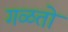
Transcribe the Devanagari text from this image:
गळतो